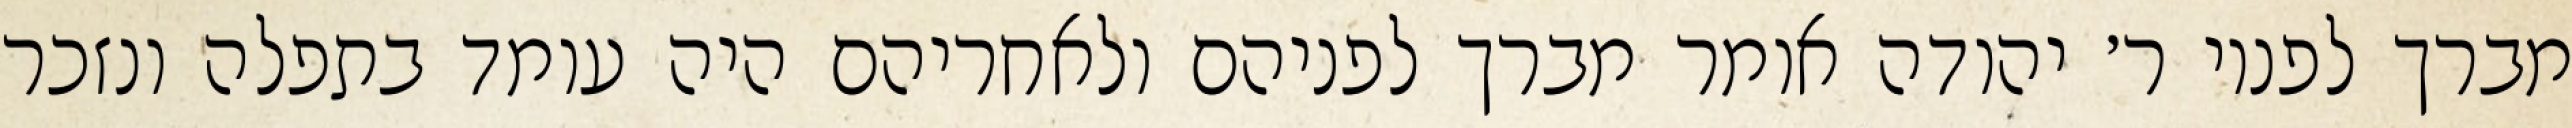
מברך לפניו ר׳ יהודה אומר מברך לפניהם ולאחריהם היה עומד בתפלה ונזכר